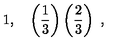
1 , \quad \left( \frac { 1 } { 3 } \right) \left( \frac { 2 } { 3 } \right) \ ,